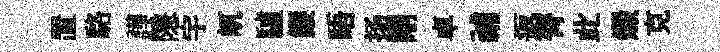
置駱譁隱宇屼驢簾晤扬剛卓𥙷返膂此燬克